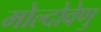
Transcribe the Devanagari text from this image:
मोल्दोवेणु